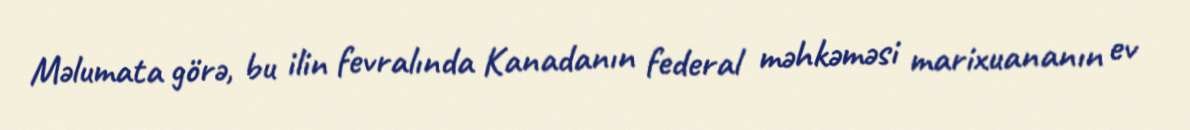
Məlumata görə, bu ilin fevralında Kanadanın federal məhkəməsi marixuananın ev